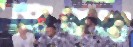
ফেললা